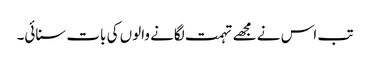
تب اس نے مجھے تہمت لگانے والوں کی بات سنائی۔